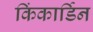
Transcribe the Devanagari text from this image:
किंकार्डिन